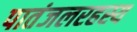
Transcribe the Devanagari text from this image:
पातंजलरहस्य